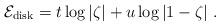
LaTeX: \begin{align*}{\cal E}_{\rm disk} = t \log \vert\zeta\vert + u \log\vert 1-\zeta\vert\ .\end{align*}